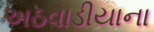
અઠવાડીયાના